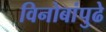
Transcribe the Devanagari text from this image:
विनोबांपुढे